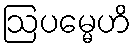
ဩပမ္မေဟိ